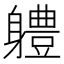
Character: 軆